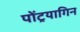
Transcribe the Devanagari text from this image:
पोंट्रयागिन